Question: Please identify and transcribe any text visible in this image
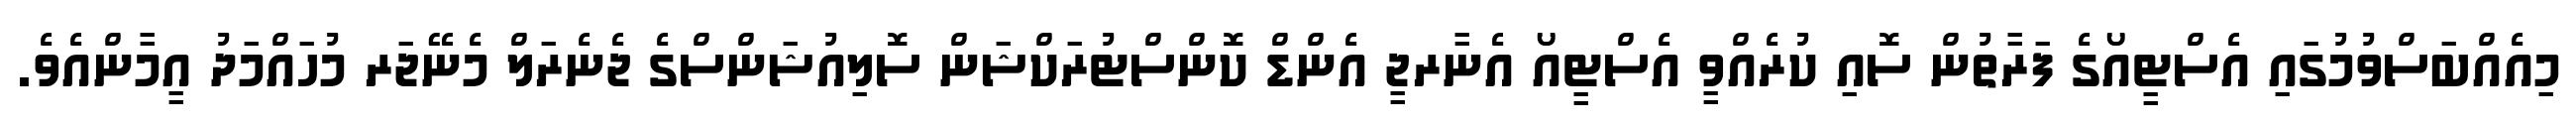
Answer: މިއެއްބަސްވުމުގައި އެސްޓީއޯގެ ފަރާތުން ސޮއި ކުރެއްވީ އެސްޓީއޯ އެނާރޖީ އެންޑް ކޮންސްޓުރަކްޝަން ސޮލިއުޝަންސްގެ ޖެނެރަލް މެނޭޖަރ މުހައްމަދު އީމާންއެވެ.